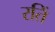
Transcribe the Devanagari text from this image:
रतिं